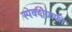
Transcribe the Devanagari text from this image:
स्पेक्ट्रोग्राफी